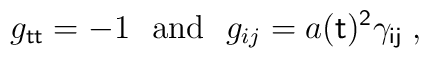
g_{\sf t t}=-1 ~~\mbox{and}~~ g_{ij}=a(\sf t)^2\gamma_{ij} \;,